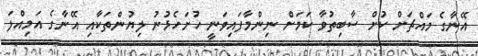
އޭނާގެ މައްޗަށް ކުށް ސާބިތުވާ ކަމަށް ނިންމާފައިވަނީ ހުށަހެޅުނު ލިޔުންތަކާއި އޭނާގެ އަމިއްލަ